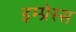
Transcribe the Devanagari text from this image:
इम्प्रेस्स